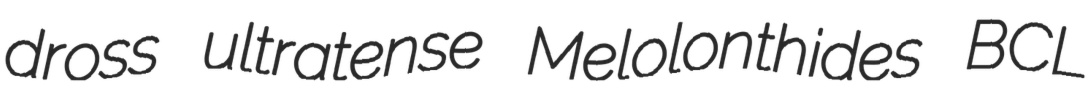
dross ultratense Melolonthides BCL